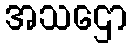
အသဌော